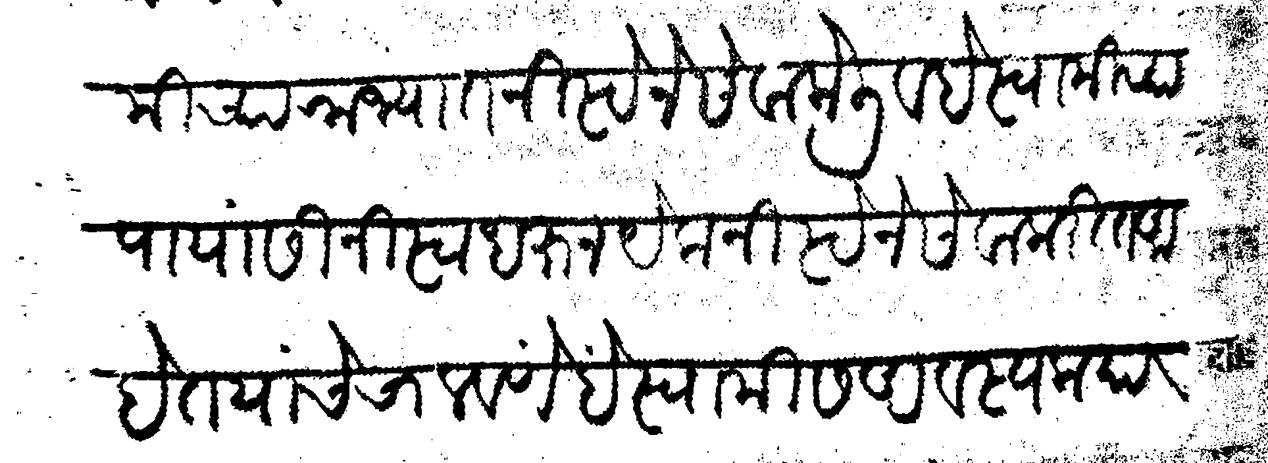
Transliteration (Devanagari): देहामीच्या राज्यात निस्टेने सेवा केली व हे स्वामीच्या पायांसी निस्ट धरून येकनिस्टेने सेवा करीत अहेत यांचे चालवणे हे स्वामीस अवस्यक याकरीता